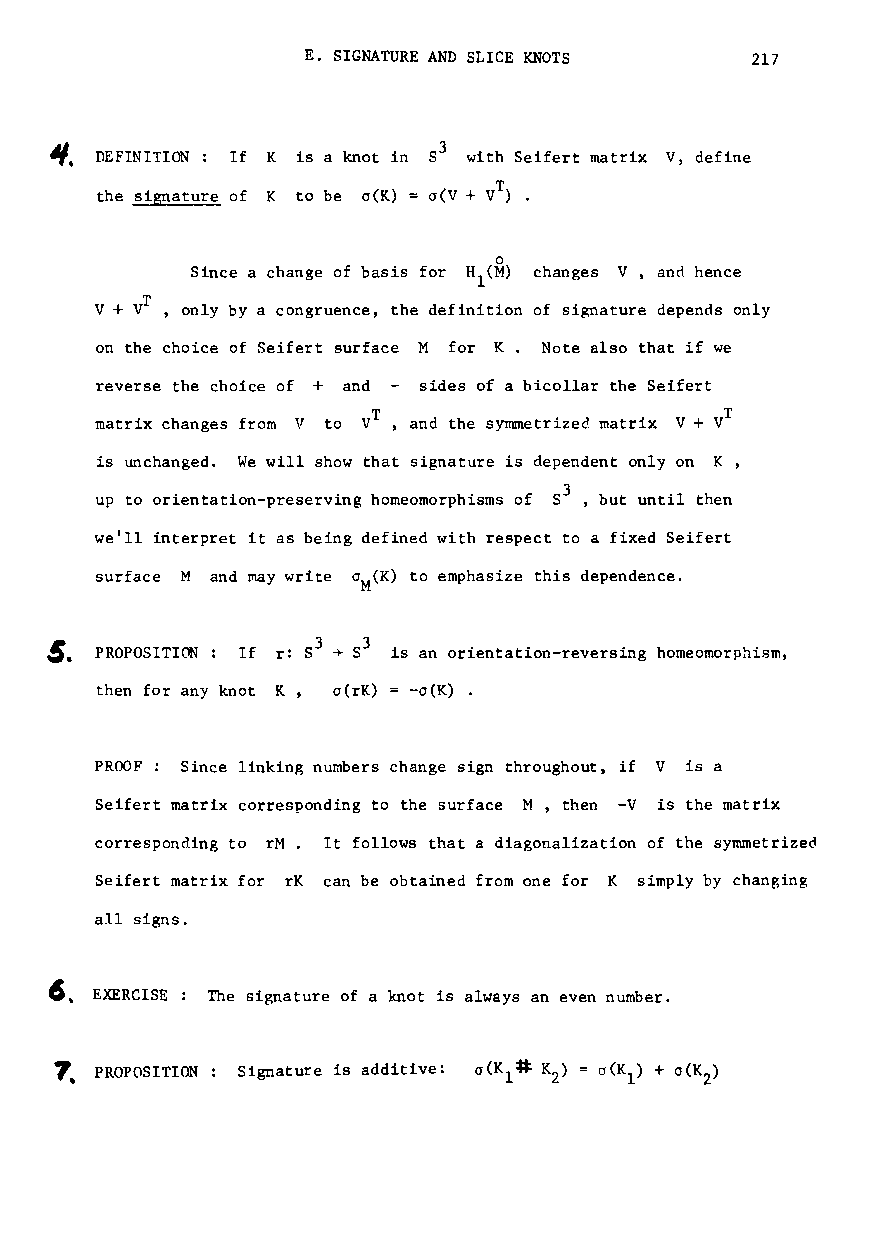
E. SIGNATURE AND SLICE KNOTS  217
 ~.
 DEFINITION: If K is a knot in S3 with Seifert matrix V, define
 the signature of K to be o(K) = o(V + VT) •
 o
 Since a change of basis for H (M) changes V, and hence
 1
 V + vT , only by a congruence, the definition of signature depends only
 on the choice of Seifert surface M for K. Note also that if we
 reverse the choice of + and sides of a bicollar the Seifert
 matrix changes from V to VT , and the symmetrizec. matrix V + vT
 is unchanged. We will show that signature is dependent only on K ,
 up to orientation-preserving homeomorphisms of S3, but until then
 we'll interpret it as being defined with respect to a fixed Seifert
 surface M and may write 0M(K) to emphasize this dependence.
 ~.                 ~ 3
 PROPOSITION: If r: S3 8 is an orientation-reversing homeomorphism,
 then for any knot K, o(rK) = -cr(K) •
 PROOF: Since linking numbers change sign throughout, if V is a
 Seifert matrix corresponding to the surface M, then -V is the matrix
 corresponding to rM. It follows that a diagonalization of the symmetrized
 Seifert matrix for rK can be obtained from one for K simply by changing
 all signs.
 6_
 EXERCISE The signature of a knot is always an even number.
 7. PROPOSITION Signature is additive: